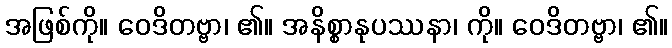
အဖြစ်ကို။ ဝေဒိတဗ္ဗာ၊ ၏။ အနိစ္စာနုပဿနာ၊ ကို။ ဝေဒိတဗ္ဗာ၊ ၏။